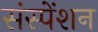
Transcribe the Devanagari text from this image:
संस्पेंशन